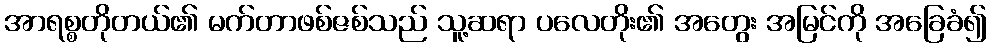
အာရစ္စတိုတယ်၏ မက်တာဖစ်ဇစ်သည် သူ့ဆရာ ပလေတိုး၏ အတွေး အမြင်ကို အခြေခံ၍